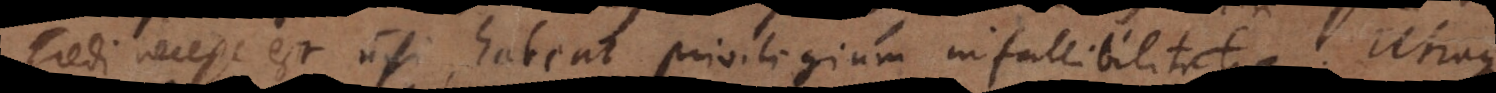
credi necesse est nisi habeat privilegium infallibilitatis. Utraque